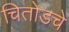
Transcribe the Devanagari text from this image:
चितोडचे